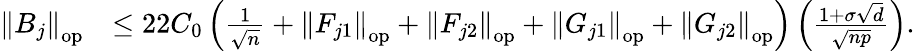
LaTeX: \begin{array}{rl}{\left\| {B_{j}}\right\| _{\mathrm{op}}}&{\leq 22C_{0}\left(\frac{1}{\sqrt{n}}+\left\| {F_{j1}}\right\| _{\mathrm{op}}+\left\| {F_{j2}}\right\| _{\mathrm{op}}+\left\| {G_{j1}}\right\| _{\mathrm{op}}+\left\| {G_{j2}}\right\| _{\mathrm{op}}\right)\left(\frac{1+\sigma\sqrt{d}}{\sqrt{np}}\right).}\end{array}